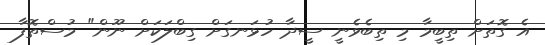
އެ ގޮތަށް ތިބީމާ މި ތިބެވެނީ ސީދާ ހުޅަނގަށް ގިބްލަކަށް ނޫން" މުސްތޮފާ